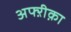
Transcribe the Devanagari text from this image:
अफ्ऱीक़ा